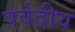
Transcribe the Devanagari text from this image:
पर्वदीय